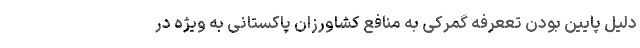
دلیل پایین بودن تععرفه گمرکی به منافع کشاورزان پاکستانی به ویژه در